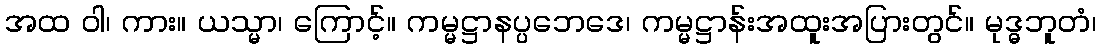
အထ ဝါ၊ ကား။ ယသ္မာ၊ ကြောင့်။ ကမ္မဋ္ဌာနပ္ပဘေဒေ၊ ကမ္မဋ္ဌာန်းအထူးအပြားတွင်။ မုဒ္ဓဘူတံ၊